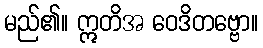
မည်၏။ ဣတိအ ဝေဒိတဗ္ဗော။